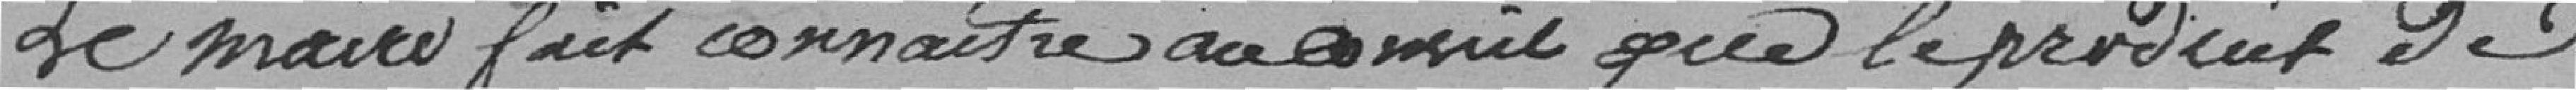
Le maire fait connaître au ..... que le produit de